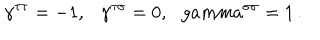
LaTeX: \gamma ^ { \tau \tau } = - 1 , \ \ \ \gamma ^ { \tau \sigma } = 0 , \ \ \, g a m m a ^ { \sigma \sigma } = 1 \, .